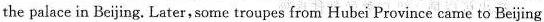
the palace in Beijing. Later,some troupes from Hubei Province came to Beijing